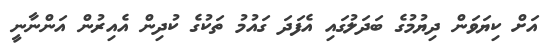
އަށް ކިޔަވަން ދިޔުމުގެ ބަދަލުގައި އެފަދަ ގައުމު ތަކުގެ ކުދިން އެއިރުން އަންނާނީ